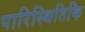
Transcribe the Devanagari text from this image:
पारिस्थितिकि